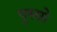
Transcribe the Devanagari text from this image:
पुस्सो